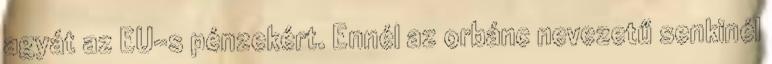
agyát az EU-s pénzekért. Ennél az orbánc nevezetű senkinél